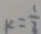
k = \frac { 1 } { 3 }